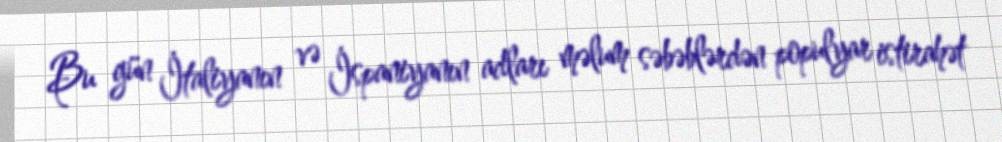
Bu gün İtaliyanın və İspaniyanın adları məlum səbəblərdən populyar istirahət